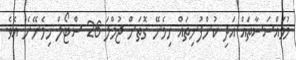
މުވައްސަސާތައް އަދި ކުންފުނިތައް ހިމެނޭ ގޮތަށް ޖުމްލަ 26 ސްޓޯލް ހިމެނޭނެ އެވެ.